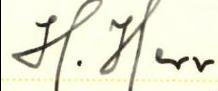
H. Herr